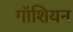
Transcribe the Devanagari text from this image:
गॉशियन